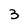
Character: 3